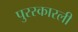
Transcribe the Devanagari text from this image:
पुरस्कारली